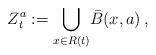
LaTeX: \begin{align*}Z_t^a := \underset{x\in R(t)}{\bigcup} \bar{B}(x,a)\, ,\end{align*}